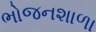
ભોજનશાળા